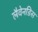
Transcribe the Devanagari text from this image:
लैवेनडिस